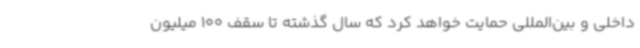
داخلی و بین‌المللی حمایت خواهد کرد که سال گذشته تا سقف 100 میلیون